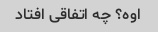
اوه؟ چه اتفاقی افتاد